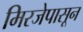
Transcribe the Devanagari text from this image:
मिरजेपासून